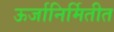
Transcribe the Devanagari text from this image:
ऊर्जानिर्मितीत